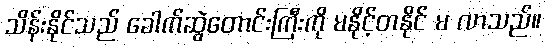
သိန်းနိုင်သည် ခေါက်ဆွဲတောင်းကြီးကို မနိုင့်တနိုင် မ လာသည်။